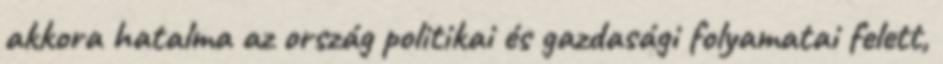
akkora hatalma az ország politikai és gazdasági folyamatai felett,